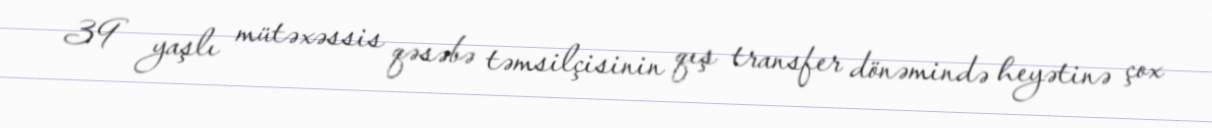
39 yaşlı mütəxəssis qəsəbə təmsilçisinin qış transfer dönəmində heyətinə çox